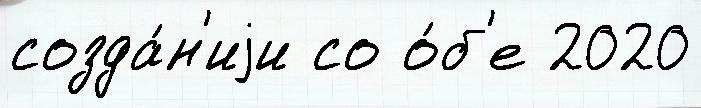
созда́н'иjи со о́б'е 2020